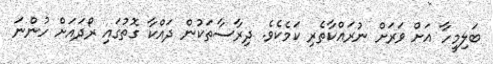
ބަލިމީހާ އަށް ވަރަށް ނުރައްކާތެރި ކަމެކެވެ. ދިރާސާތަކުން ދައްކާ ގޮތުގައި ރޯދައަށް ހުންނަ